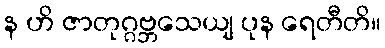
န ဟိ ဇာတုဂ္ဂဗ္ဘသေယျ ပုန ရေတီတိ။